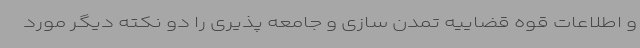
و اطلاعات قوه قضاییه تمدن سازی و جامعه پذیری را دو نکته دیگر مورد